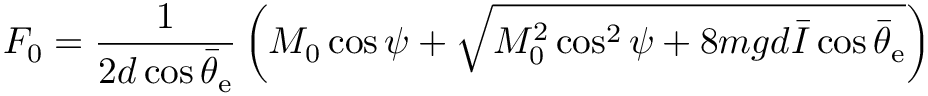
F _ { 0 } = \frac { 1 } { 2 d \cos \bar { \theta } _ { \mathrm { e } } } \left( M _ { 0 } \cos \psi + \sqrt { M _ { 0 } ^ { 2 } \cos ^ { 2 } \psi + 8 m g d \bar { I } \cos \bar { \theta } _ { \mathrm { e } } } \right)